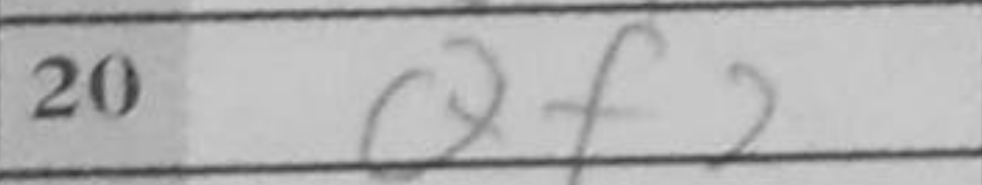
Transcription: Qf2